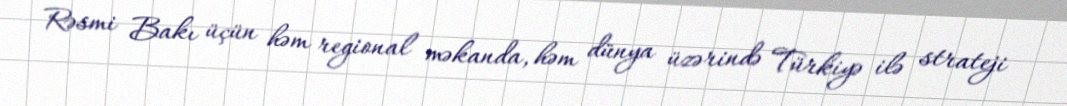
Rəsmi Bakı üçün həm regional məkanda, həm dünya üzərində Türkiyə ilə strateji